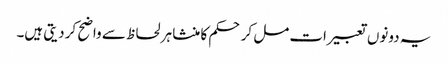
یہ دونوں تعبیرات مل کر حکم کا منشا ہر لحاظ سے واضح کر دیتی ہیں۔